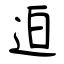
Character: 迫